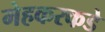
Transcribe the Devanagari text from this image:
मेहकरकडे